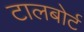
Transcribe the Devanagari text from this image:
टालबोर्ट